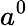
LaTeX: a^{0}